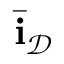
\bar { \mathbf i } _ { \mathcal D }